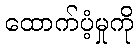
ထောက်ပံ့မှုကို